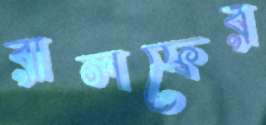
রালফের